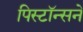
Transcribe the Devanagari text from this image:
पिस्टॉन्सने